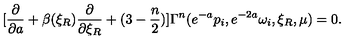
[ { \frac { \partial } { \partial a } } + \beta ( \xi _ { R } ) { \frac { \partial } { \partial \xi _ { R } } } + ( 3 - { \frac { n } { 2 } } ) ] \Gamma ^ { n } ( e ^ { - a } p _ { i } , e ^ { - 2 a } \omega _ { i } , \xi _ { R } , \mu ) = 0 .